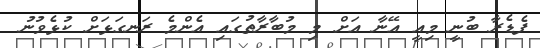
ފެޑެރާ ބުނީ މިއީ އޭނާ އަށް މި މުބާރާތުގައި އެންމެ ރަނގަޅަށް ކުޅެވުނު